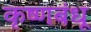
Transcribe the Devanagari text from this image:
कृष्णबंधू